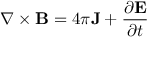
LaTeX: \nabla \times \mathbf { B } = 4 \pi \mathbf { J } + { \frac { \partial \mathbf { E } } { \partial t } }